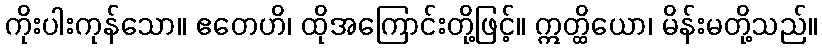
ကိုးပါးကုန်သော။ ဧတေဟိ၊ ထိုအကြောင်းတို့ဖြင့်။ ဣတ္ထိယော၊ မိန်းမတို့သည်။